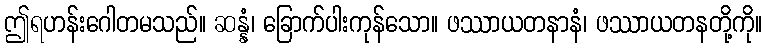
ဤရဟန်းဂေါတမသည်။ ဆန္နံ၊ ခြောက်ပါးကုန်သော။ ဖဿာယတနာနံ၊ ဖဿာယတနတို့ကို။